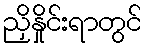
ညှိနှိုင်းရာတွင်